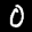
Label: 0